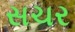
સચર